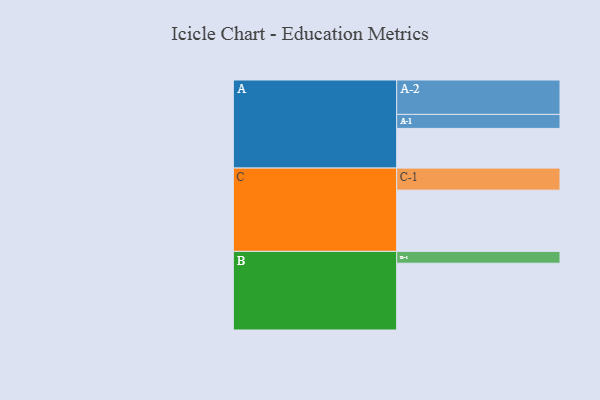
{"axis": {"x": "Segment", "y": "Value"}, "legend": ["", "A", "B", "C"], "data": [{"x": "A", "y": 331, "type": ""}, {"x": "B", "y": 557, "type": ""}, {"x": "C", "y": 511, "type": ""}, {"x": "A-1", "y": 117, "type": "A"}, {"x": "A-2", "y": 287, "type": "A"}, {"x": "B-1", "y": 99, "type": "B"}, {"x": "C-1", "y": 184, "type": "C"}]}